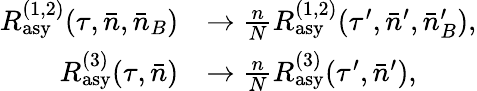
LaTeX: \begin{array}{rl}{R_{\mathrm{asy}}^{(1,2)}(\tau,\bar{n},\bar{n}_{B})}&{\rightarrow\frac{n}{N}R_{\mathrm{asy}}^{(1,2)}(\tau^{\prime},\bar{n}^{\prime},\bar{n}_{B}^{\prime}),}\\ {R_{\mathrm{asy}}^{(3)}(\tau,\bar{n})}&{\rightarrow\frac{n}{N}R_{\mathrm{asy}}^{(3)}(\tau^{\prime},\bar{n}^{\prime}),}\end{array}